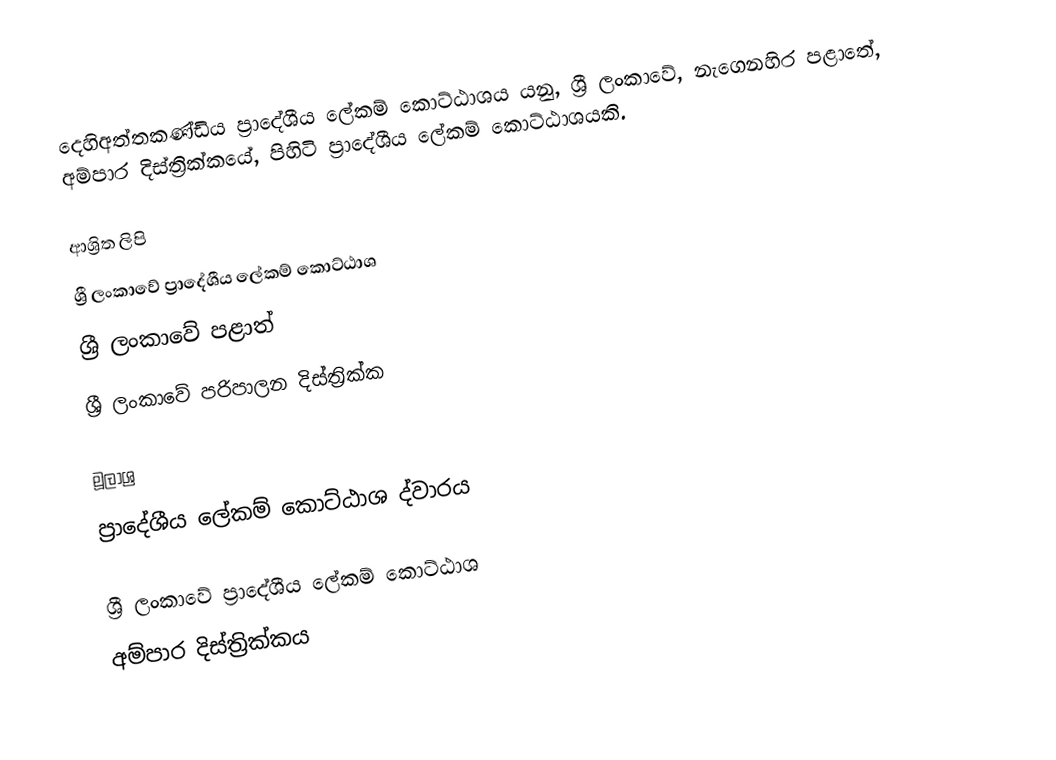
දෙහිඅත්තකණ්ඩිය ප්‍රාදේශීය ලේකම් කොට්ඨාශය යනු,  ශ්‍රී ලංකාවේ, නැගෙනහිර පළාතේ,   අම්පාර දිස්ත්‍රික්කයේ, පිහිටි ප්‍රාදේශීය ලේකම් කොට්ඨාශයකි.

ආශ්‍රිත ලිපි
ශ්‍රී ලංකාවේ ප්‍රාදේශීය ලේකම් කොට්ඨාශ
ශ්‍රී ලංකාවේ පළාත්
ශ්‍රී ලංකාවේ පරිපාලන දිස්ත්‍රික්ක

මූලාශ්‍ර
 ප්‍රාදේශීය ලේකම් කොට්ඨාශ ද්වාරය

ශ්‍රී ලංකාවේ ප්‍රාදේශීය ලේකම් කොට්ඨාශ
අම්පාර දිස්ත්‍රික්කය